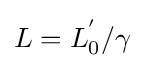
L=L_{0}^{'}/\gamma \ \